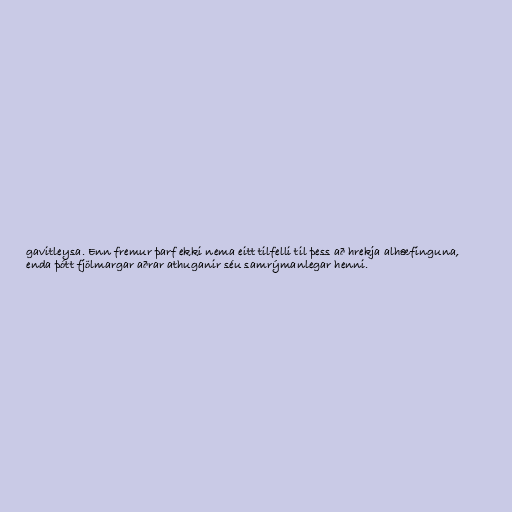
gavitleysa. Enn fremur þarf ekki nema eitt tilfelli til þess að hrekja alhæfinguna,
enda þótt fjölmargar aðrar athuganir séu samrýmanlegar henni.